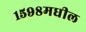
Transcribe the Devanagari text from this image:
१५९८मधील